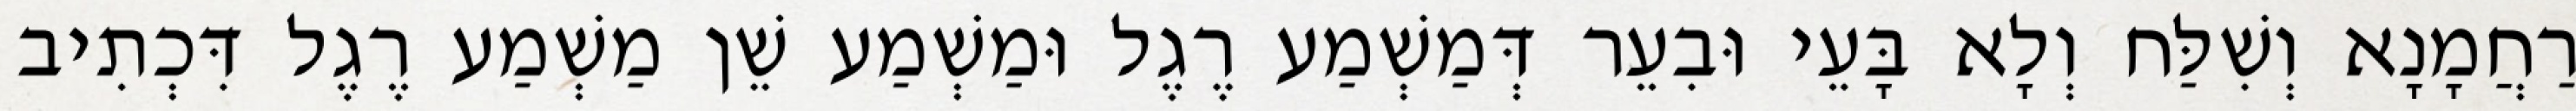
רַחֲמָנָא וְשִׁלַּח וְלָא בָּעֵי וּבִעֵר דְּמַשְׁמַע רֶגֶל וּמַשְׁמַע שֵׁן מַשְׁמַע רֶגֶל דִּכְתִיב